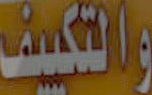
والتكييف